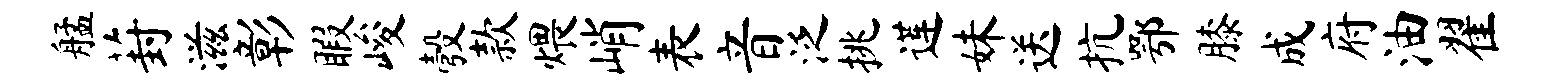
艋葑滋彰暇峻彀款煨峭表音泛挑莲妹送抗鄂膝成府油翟